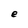
Character: e